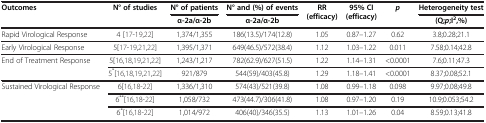
<table><thead><tr><td rowspan="2"><b>Outcomes</b></td><td rowspan="2"><b>N° of studies</b></td><td><b>N° of patients</b></td><td><b>N° and (%) of events</b></td><td rowspan="2"><b>RR (efficacy)</b></td><td rowspan="2"><b>95% CI (efficacy)</b></td><td rowspan="2"><b><i>p</i></b></td><td><b>Heterogeneity test</b></td></tr><tr><td><b>α-2a/α-2b</b></td><td><b>α-2a/α-2b</b></td><td><b>(Q;<i>p</i>;I<sup>2</sup>,%)</b></td></tr></thead><tbody><tr><td>Rapid Virological Response</td><td>4 [17-19,22]</td><td>1,374/1,355</td><td>186(13.5)/174(12.8)</td><td>1.05</td><td>0.87–1.27</td><td>0.62</td><td>3.8;0.28;21.1</td></tr><tr><td>Early Virological Response</td><td>5[17-19,21,22]</td><td>1,395/1,371</td><td>649(46.5)/572(38.4)</td><td>1.12</td><td>1.03–1.22</td><td>0.011</td><td>7.58;0.14;42.8</td></tr><tr><td rowspan="2">End of Treatment Response</td><td>5[16,18,19,21,22]</td><td>1,243/1,217</td><td>782(62.9)/627(51.5)</td><td>1.22</td><td>1.14–1.31</td><td>&lt;0.0001</td><td>7.6;0.11;47.3</td></tr><tr><td>5<sup>*</sup>[16,18,19,21,22]</td><td>921/879</td><td>544(59)/403(45.8)</td><td>1.29</td><td>1.18–1.41</td><td>&lt;0.0001</td><td>8.37;0.08;52.1</td></tr><tr><td rowspan="3">Sustained Virological Response</td><td>6[16,18-22]</td><td>1,336/1,310</td><td>574(43)/521(39.8)</td><td>1.08</td><td>0.99–1.18</td><td>0.098</td><td>9.97;0.08;49.8</td></tr><tr><td>6<sup>**</sup>[16,18-22]</td><td>1,058/732</td><td>473(44.7)/306(41.8)</td><td>1.08</td><td>0.97–1.20</td><td>0.19</td><td>10.9;0.053;54.2</td></tr><tr><td>6<sup>*</sup>[16,18-22]</td><td>1,014/972</td><td>406(40)/346(35.5)</td><td>1.13</td><td>1.01–1.26</td><td>0.04</td><td>8.59;0.13;41.8</td></tr></tbody></table>